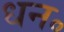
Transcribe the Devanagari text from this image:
धन॰